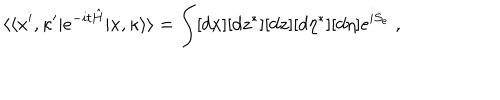
\langle \langle x ^ { \prime } , \kappa ^ { \prime } | e ^ { - i t \hat { H } } | x , \kappa \rangle \rangle = \int [ d x ] [ d z ^ { * } ] [ d z ] [ d \eta ^ { * } ] [ d \eta ] e ^ { i S _ { e } } \; ,